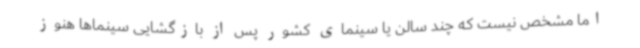
اما مشخص نیست که چند سالن یا سینمای کشور پس از بازگشایی سینماها هنوز